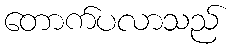
တောက်ပလာသည်